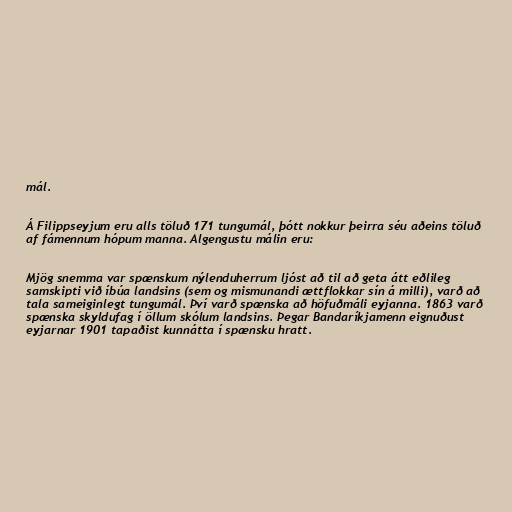
mál.

Á Filippseyjum eru alls töluð 171 tungumál, þótt nokkur þeirra séu aðeins töluð
af fámennum hópum manna. Algengustu málin eru:

Mjög snemma var spænskum nýlenduherrum ljóst að til að geta átt eðlileg
samskipti við íbúa landsins (sem og mismunandi ættflokkar sín á milli), varð að
tala sameiginlegt tungumál. Því varð spænska að höfuðmáli eyjanna. 1863 varð
spænska skyldufag í öllum skólum landsins. Þegar Bandaríkjamenn eignuðust
eyjarnar 1901 tapaðist kunnátta í spænsku hratt.